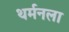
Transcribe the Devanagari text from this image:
थर्मनला